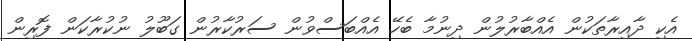
އެކި ދާއިރާތަކުން އެއްބާރުލުން ދިނުމާ ބެހޭ އެއްބަސްވުން ސަރުކާރުން ގަބޫލު ނުކުރާކަން ފޮރިން